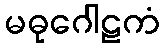
မဓုဂေါဠကံ